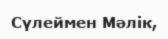
Сүлеймен Мәлік,